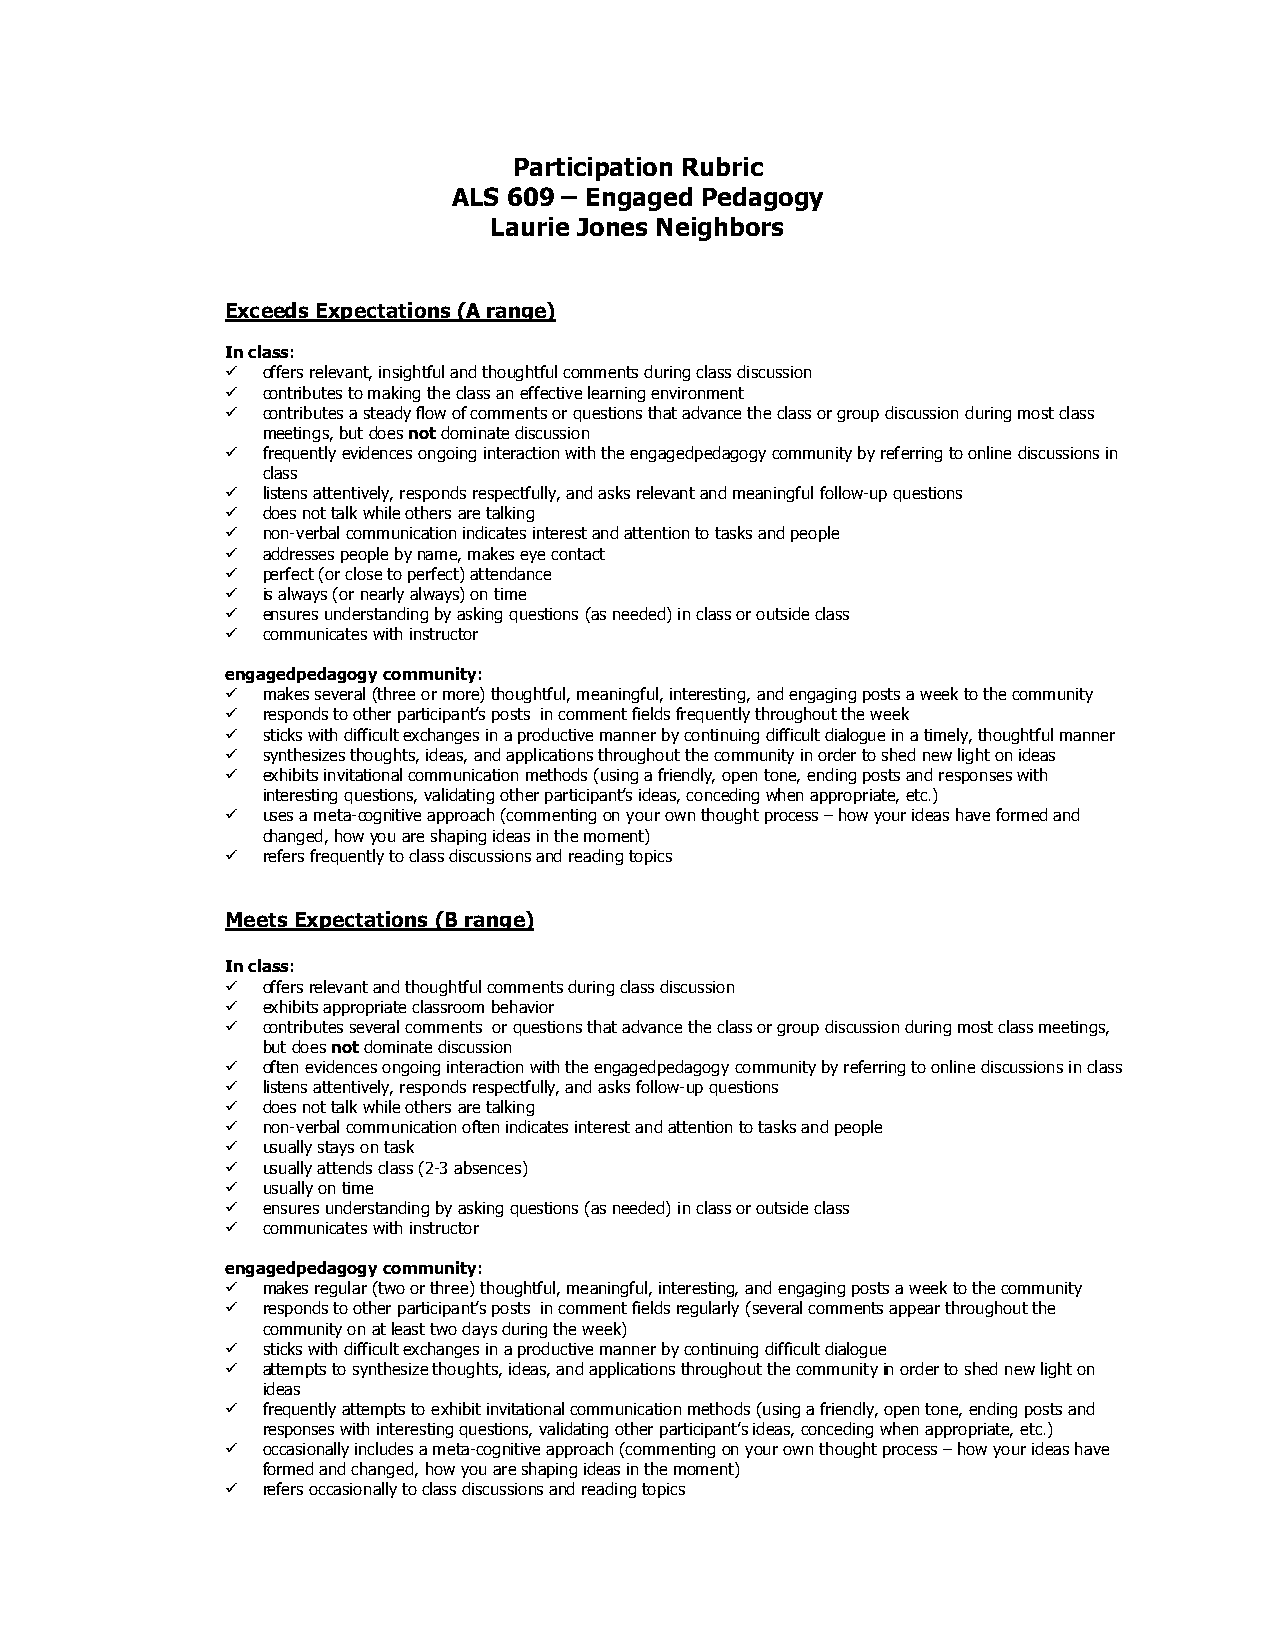
Participation Rubric
 ALS 609 – Engaged Pedagogy
 Laurie Jones Neighbors
 Exceeds Expectations (A range)
 In class:
  offers relevant, insightful and thoughtful comments during class discussion
  contributes to making the class an effective learning environment
  contributes a steady flow of comments or questions that advance the class or group discussion during most class
 meetings, but does not dominate discussion
  frequently evidences ongoing interaction with the engagedpedagogy community by referring to online discussions in
 class
  listens attentively, responds respectfully, and asks relevant and meaningful follow-up questions
  does not talk while others are talking
  non-verbal communication indicates interest and attention to tasks and people
  addresses people by name, makes eye contact
  perfect (or close to perfect) attendance
  is always (or nearly always) on time
  ensures understanding by asking questions (as needed) in class or outside class
  communicates with instructor
 engagedpedagogy community:
  makes several (three or more) thoughtful, meaningful, interesting, and engaging posts a week to the community
  responds to other participant’s posts in comment fields frequently throughout the week
  sticks with difficult exchanges in a productive manner by continuing difficult dialogue in a timely, thoughtful manner
  synthesizes thoughts, ideas, and applications throughout the community in order to shed new light on ideas
  exhibits invitational communication methods (using a friendly, open tone, ending posts and responses with
 interesting questions, validating other participant’s ideas, conceding when appropriate, etc.)
  uses a meta-cognitive approach (commenting on your own thought process – how your ideas have formed and
 changed, how you are shaping ideas in the moment)
  refers frequently to class discussions and reading topics
 Meets Expectations (B range)
 In class:
  offers relevant and thoughtful comments during class discussion
  exhibits appropriate classroom behavior
  contributes several comments or questions that advance the class or group discussion during most class meetings,
 but does not dominate discussion
  often evidences ongoing interaction with the engagedpedagogy community by referring to online discussions in class
  listens attentively, responds respectfully, and asks follow-up questions
  does not talk while others are talking
  non-verbal communication often indicates interest and attention to tasks and people
  usually stays on task
  usually attends class (2-3 absences)
  usually on time
  ensures understanding by asking questions (as needed) in class or outside class
  communicates with instructor
 engagedpedagogy community:
  makes regular (two or three) thoughtful, meaningful, interesting, and engaging posts a week to the community
  responds to other participant’s posts in comment fields regularly (several comments appear throughout the
 community on at least two days during the week)
  sticks with difficult exchanges in a productive manner by continuing difficult dialogue
  attempts to synthesize thoughts, ideas, and applications throughout the community in order to shed new light on
 ideas
  frequently attempts to exhibit invitational communication methods (using a friendly, open tone, ending posts and
 responses with interesting questions, validating other participant’s ideas, conceding when appropriate, etc.)
  occasionally includes a meta-cognitive approach (commenting on your own thought process – how your ideas have
 formed and changed, how you are shaping ideas in the moment)
  refers occasionally to class discussions and reading topics